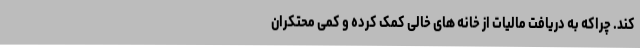
کند. چراکه به دریافت مالیات از خانه های خالی کمک کرده و کمی محتکران